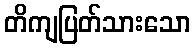
တိကျပြတ်သားသော